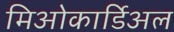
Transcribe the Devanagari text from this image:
मिओकार्डिअल